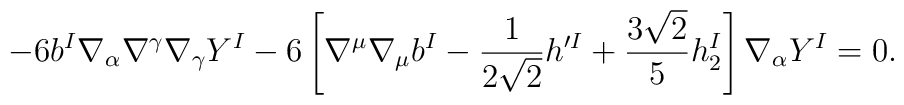
-6 b^I \nabla_\alpha \nabla^\gamma\nabla_\gamma Y^I-6 \left[\nabla^\mu\nabla_\mu   b^I - \frac{1}{2\sqrt{2}} h^{\prime I}+\frac{3\sqrt{2}}{5} h_2^I \right] \nabla_\alpha Y^I =0.